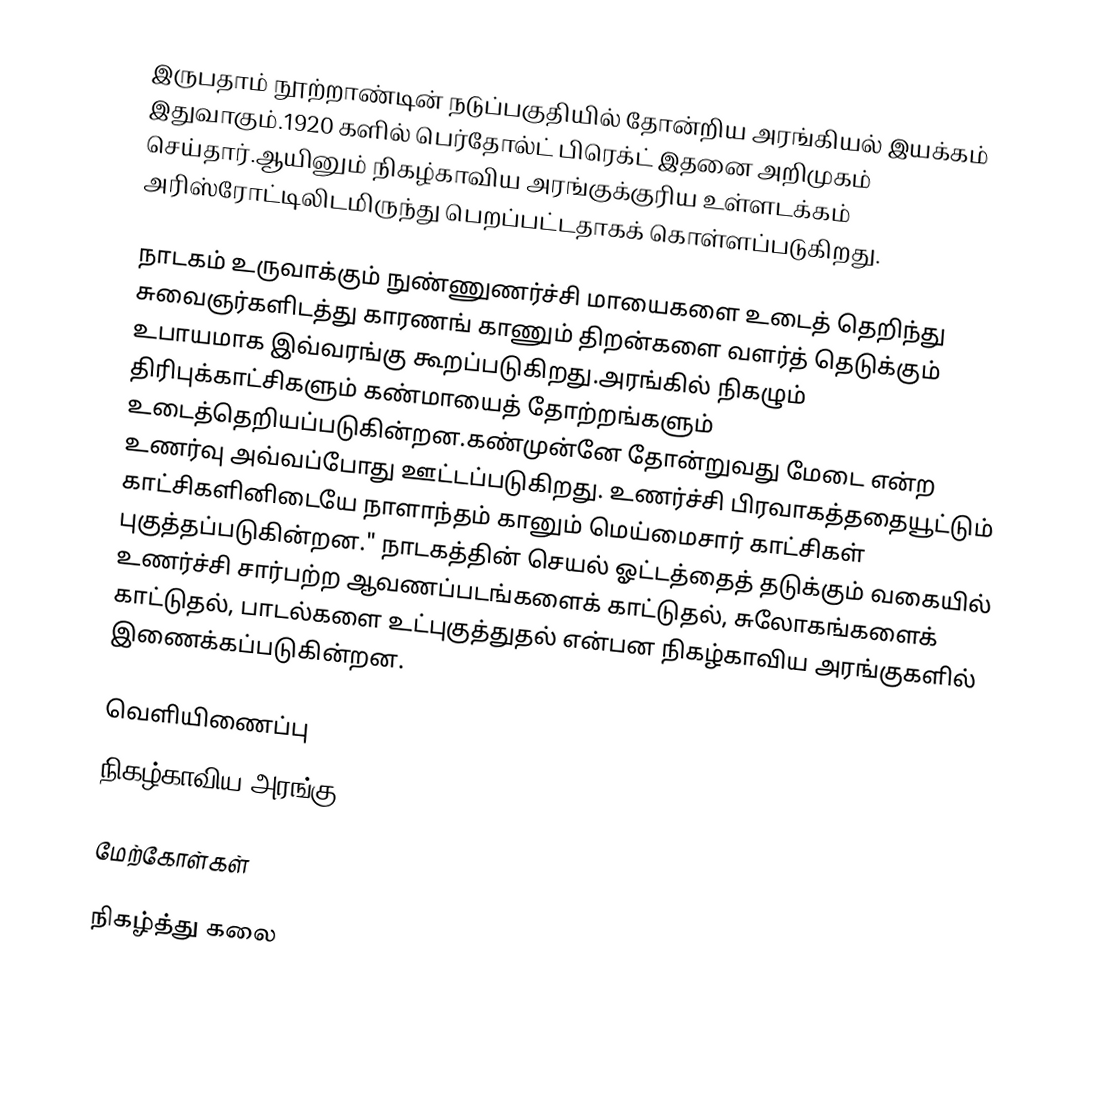
இருபதாம் நூற்றாண்டின் நடுப்பகுதியில் தோன்றிய அரங்கியல்  இயக்கம் இதுவாகும்.1920 களில் பெர்தோல்ட் பிரெக்ட் இதனை அறிமுகம் செய்தார்.ஆயினும் நிகழ்காவிய அரங்குக்குரிய உள்ளடக்கம் அரிஸ்ரோட்டிலிடமிருந்து பெறப்பட்டதாகக் கொள்ளப்படுகிறது.

நாடகம் உருவாக்கும் நுண்ணுணர்ச்சி மாயைகளை உடைத் தெறிந்து சுவைஞர்களிடத்து காரணங் காணும் திறன்களை வளர்த் தெடுக்கும் உபாயமாக இவ்வரங்கு கூறப்படுகிறது.அரங்கில் நிகழும் திரிபுக்காட்சிகளும் கண்மாயைத் தோற்றங்களும் உடைத்தெறியப்படுகின்றன.கண்முன்னே தோன்றுவது மேடை என்ற உணர்வு அவ்வப்போது ஊட்டப்படுகிறது. உணர்ச்சி பிரவாகத்ததையூட்டும் காட்சிகளினிடையே நாளாந்தம் கானும் மெய்மைசார் காட்சிகள் புகுத்தப்படுகின்றன." நாடகத்தின் செயல் ஓட்டத்தைத் தடுக்கும் வகையில் உணர்ச்சி சார்பற்ற ஆவணப்படங்களைக் காட்டுதல், சுலோகங்களைக் காட்டுதல், பாடல்களை உட்புகுத்துதல் என்பன நிகழ்காவிய அரங்குகளில் இணைக்கப்படுகின்றன.

வெளியிணைப்பு
 நிகழ்காவிய அரங்கு  – University of Southern Queensland

மேற்கோள்கள்

நிகழ்த்து கலை